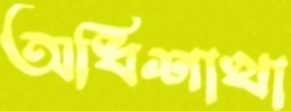
অধিশাখা